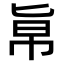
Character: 𠤚